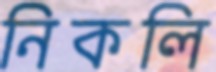
নিকলি